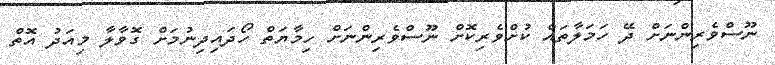
ނޫސްވެރިންނަށް ދޭ ހަމަލާތައް ކުށްވެރިކޮށް ނޫސްވެރިންނަށް ހިމާޔަތް ހޯދައިދިނުމަށް ގޮވާލާ މިއަދު އޮތް